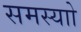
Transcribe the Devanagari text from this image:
समस्याो